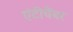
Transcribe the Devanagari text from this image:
एंटीचैंबर